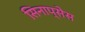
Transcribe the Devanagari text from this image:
सिनाप्सेस